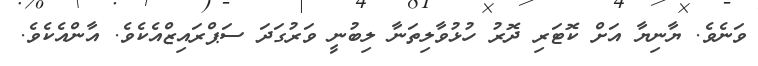
ވަނެވެ. ޔާނިޔާ އަށް ކޮޓަރި ދޮރު ހުޅުވާލިތަނާ ލިބުނީ ވަރުގަދަ ސަޕްރައިޒްއެކެވެ. އާންއެކެވެ.